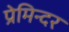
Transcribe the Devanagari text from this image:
प्रेमिन्दर